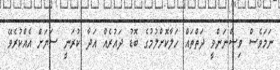
ނަމަވެސް ވިސްނަންވީ ދަތްތައް ހަލާކޮށްލުމުގެ ބޮޑު ދައުރެއް އަދާ ކުރަނީ ސަޔަށް އެއްކުރެވޭ